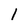
Character: 1